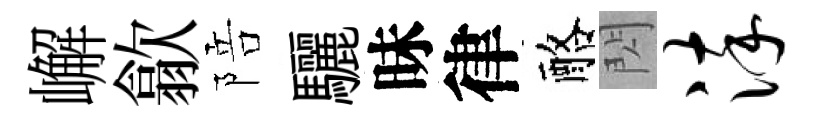
嶰歙陪驪昧律酪閃淬